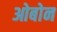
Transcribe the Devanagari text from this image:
ओबोन